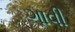
ગાવી